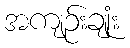
အကျဉ်းချုံး